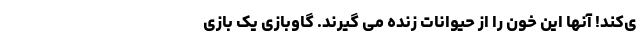
ی‌کند! آنها این خون را از حیوانات زنده می گیرند. گاوبازی یک بازی